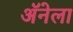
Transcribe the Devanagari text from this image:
अॅनेला